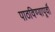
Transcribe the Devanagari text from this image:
पाठविण्यापूर्वी